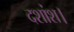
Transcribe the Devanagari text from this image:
दशांश।